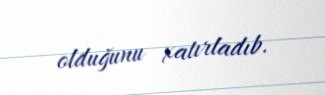
olduğunu xatırladıb.